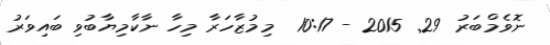
ނޮވެމްބަރު 29